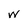
Character: W